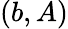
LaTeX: (b,A)